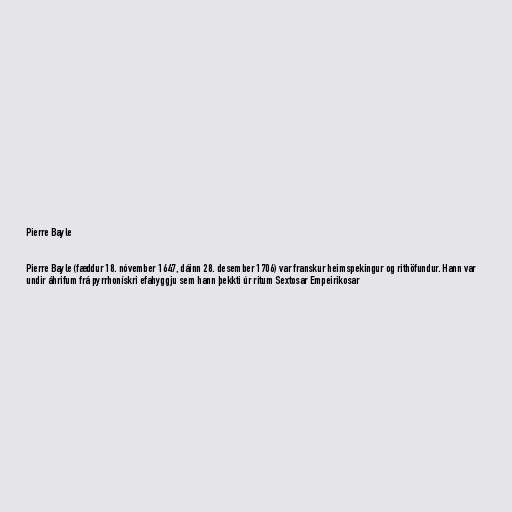
Pierre Bayle

Pierre Bayle (fæddur 18. nóvember 1647, dáinn 28. desember 1706) var franskur heimspekingur og rithöfundur. Hann var
undir áhrifum frá pyrrhonískri efahyggju sem hann þekkti úr ritum Sextosar Empeirikosar